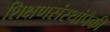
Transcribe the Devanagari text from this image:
शिक्षणसंस्थांपैकी